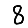
Digit: 8